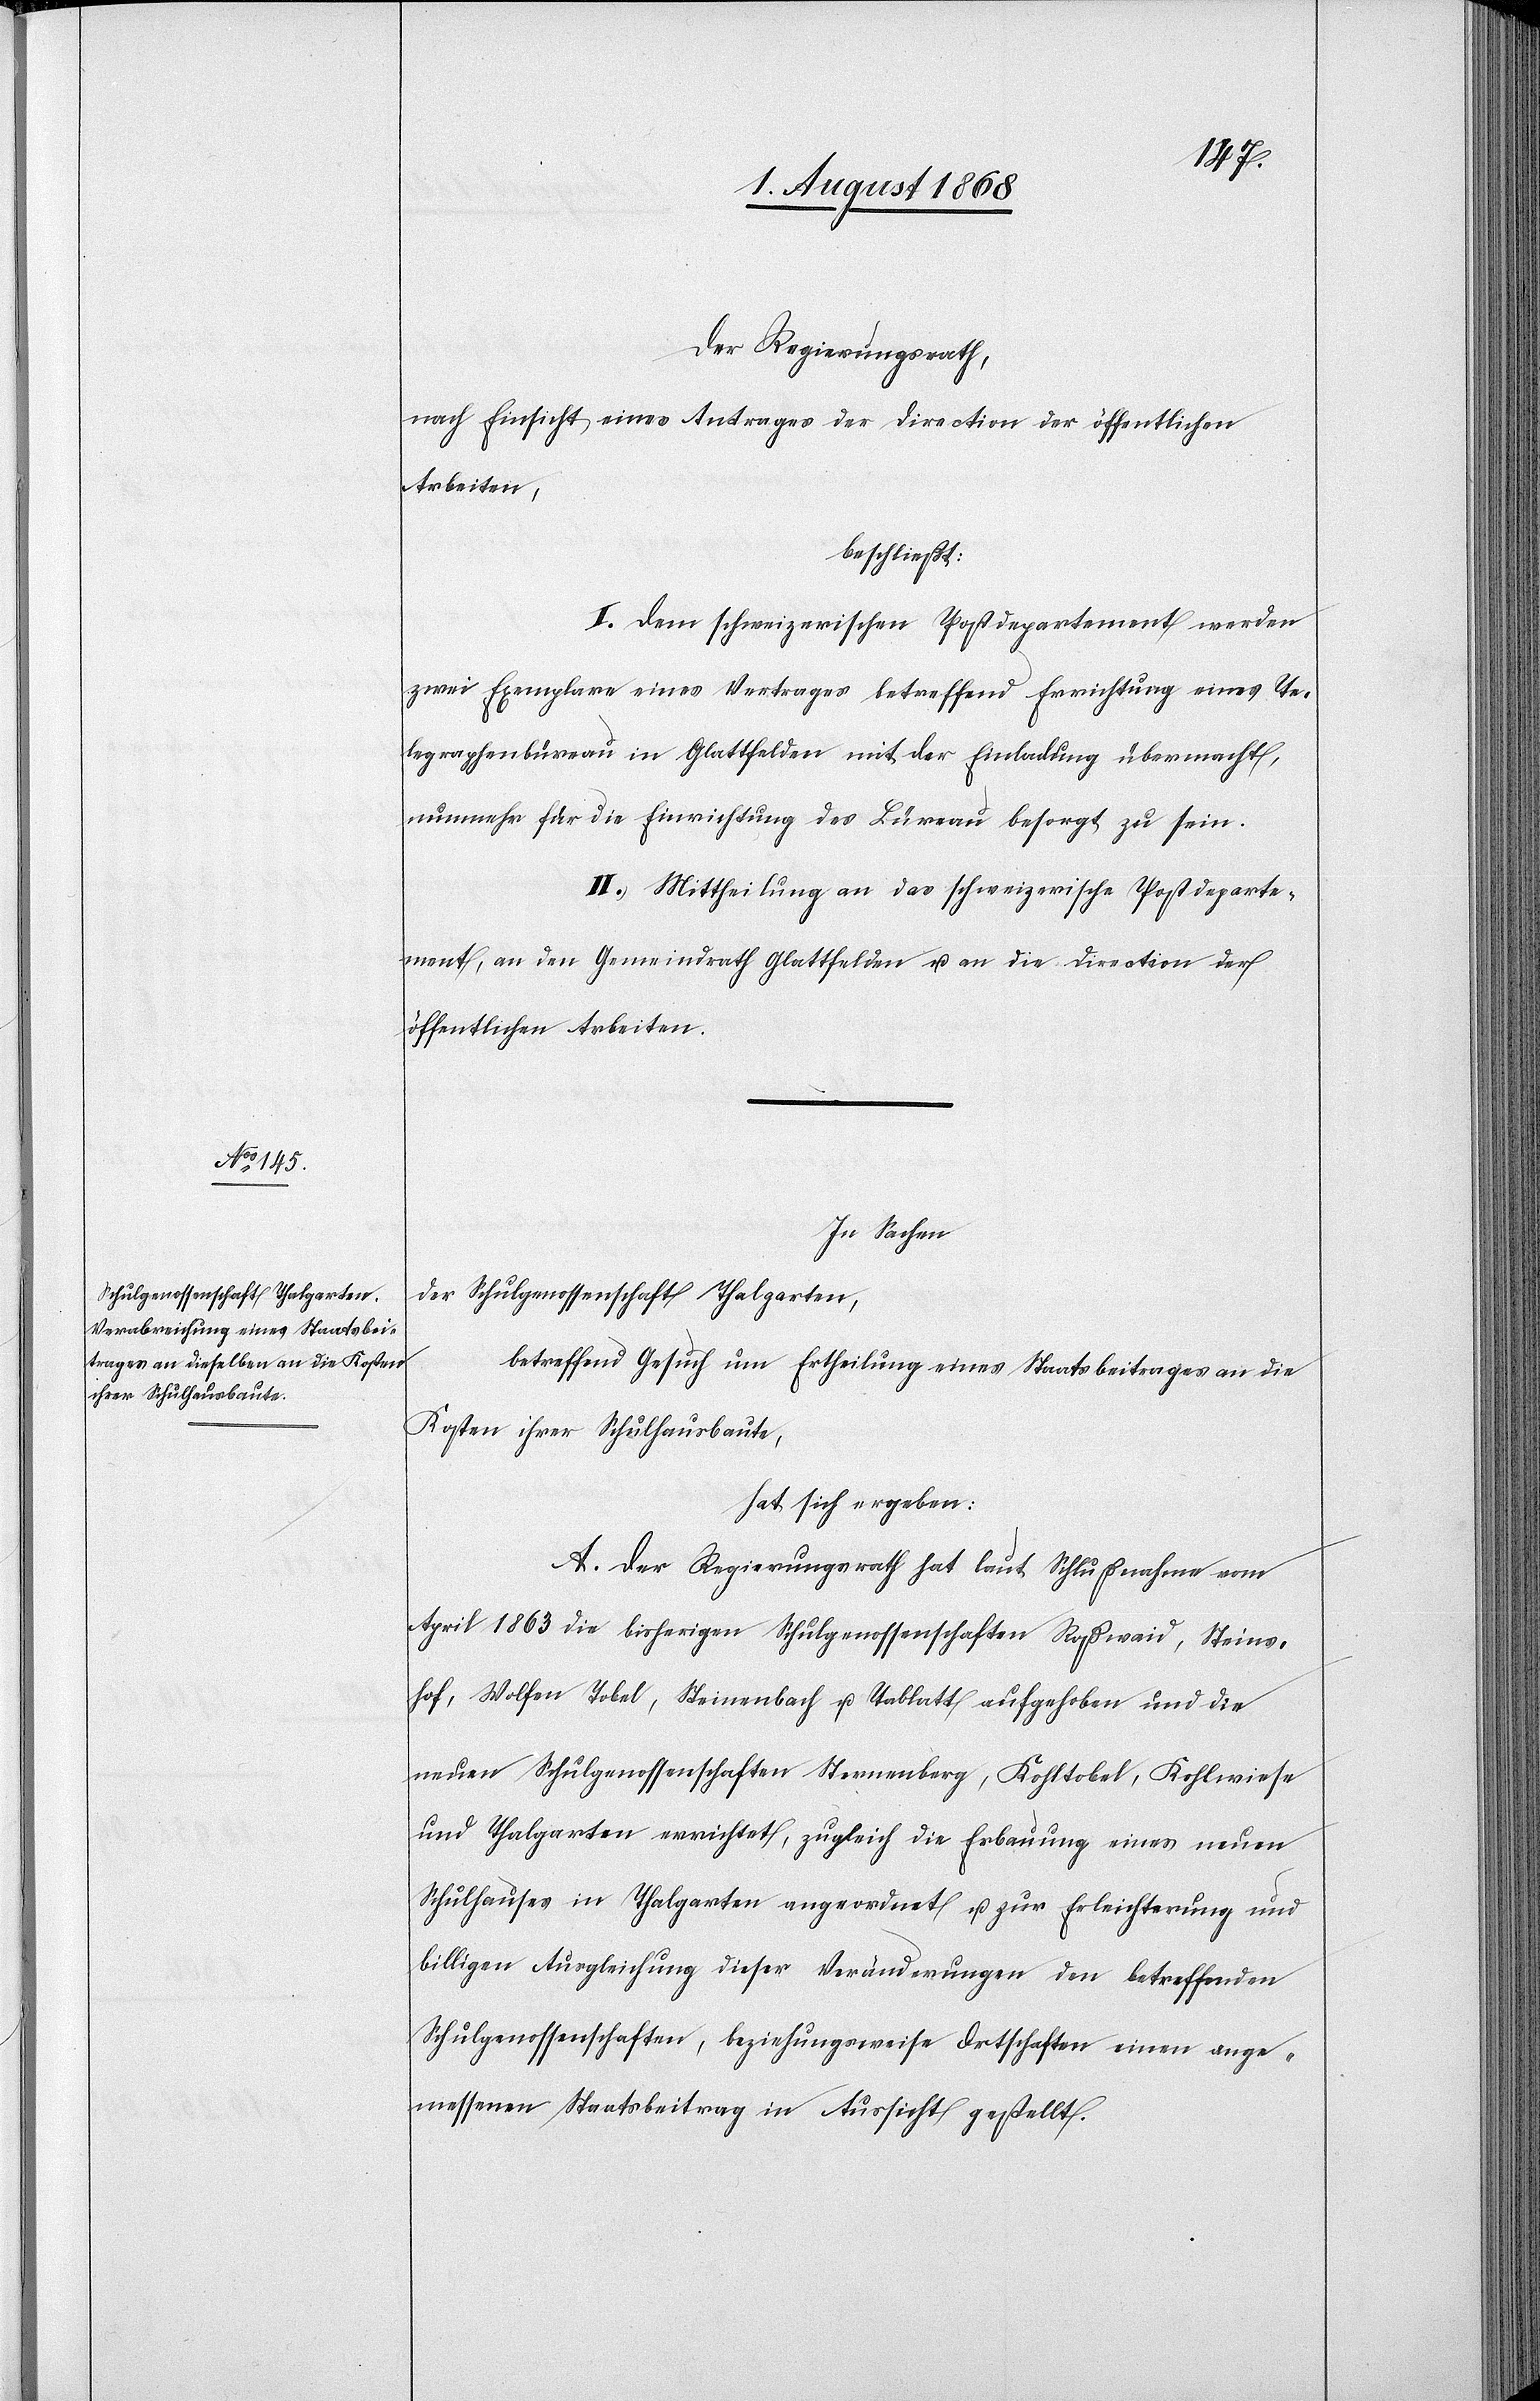
Der Regierungsrath,
nach Einsicht eines Antrages der Direction der öffentlichen
Arbeiten,
beschließt:
I. Dem schweizerischen Postdepartement werden
zwei Exemplare eines Vertrages betreffend Errichtung eines Te¬
legraphenbüreau in Glattfelden mit der Einladung übermacht,
nunmehr für die Einrichtung des Büreau besorgt zu sein.
II. Mittheilung an das schweizerische Postdeparte¬
ment, an den Gemeindrath Glattfelden u. an die Direction der
öffentlichen Arbeiten.
In Sachen
der Schulgenossenschaft Thalgarten,
betreffend Gesuch um Ertheilung eines Staatsbeitrages an die
Kosten ihrer Schulhausbaute,
hat sich ergeben:
A. Der Regierungsrath hat laut Schlußnahme vom
April 1863 die bisherigen Schulgenossenschaften Roßwaid, Steins¬
hof, Wolfen[,] Tobel, Steinenbach u. Tablatt aufgehoben und die
neuen Schulgenossenschaften Sternenberg, Kohltobel, Kohlwiese
und Thalgarten errichtet, zugleich die Erbauung eines neuen
Schulhauses in Thalgarten angeordnet u. zur Erleichterung und
billigen Ausgleichung dieser Veränderungen den betreffenden
Schulgenossenschaften, beziehungsweise Ortschaften einen ange¬
messenen Staatsbeitrag in Aussicht gestellt.